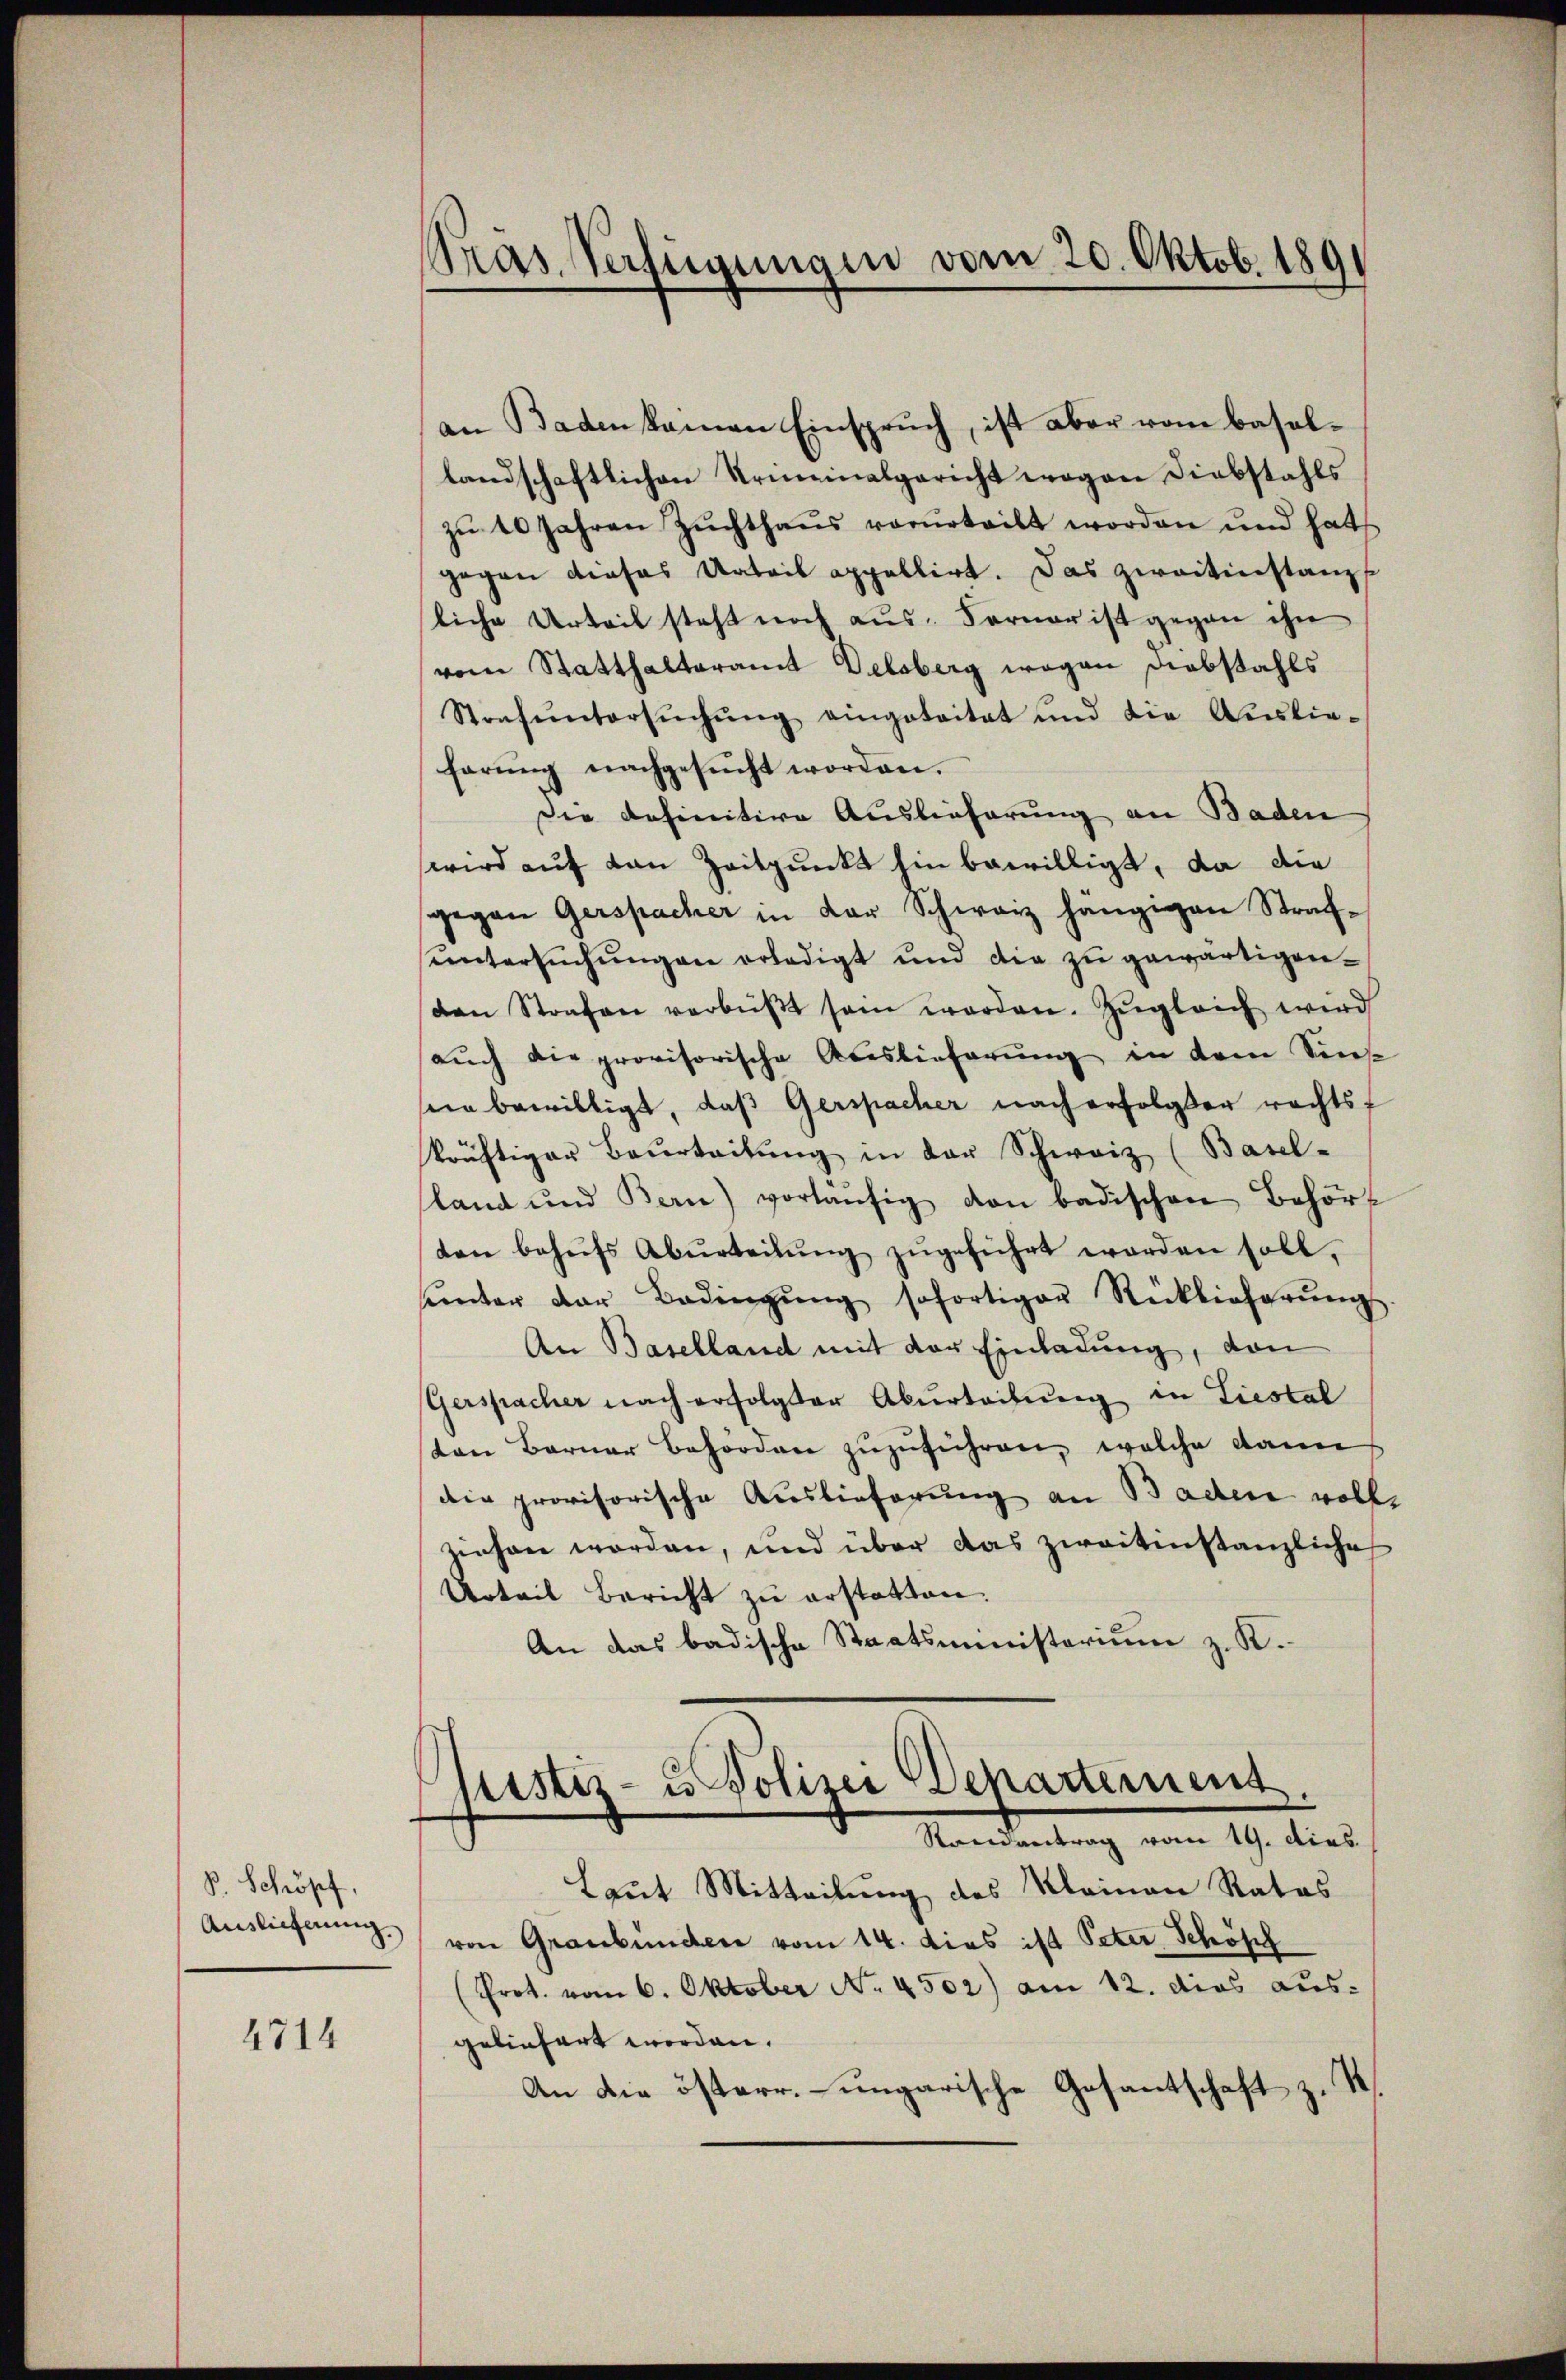
S. Schöpf,
Auslieferung

4714

Pras. Verfügungen vom 20. Oktob. 1891

an Baden keinen Einspruch, ist aber vom Basellandschaftlichen Arminalgericht wegen Diebstahls
zu 10 Jahren Zuchthaus vorurteilt worden und hat
gegen dieses Urteil appellirt. Das zweitinstanzs
liche Urteil steht noch aus. Ferner ist gegen ihn
vom Statthalteramt Delsberg wegen Diebstahls
Strafuntersŭchŭng eingeteitet und die Auslie-
farung nachgesŭcht worden.
Die definitive Auslieferung an Baden
wird auf von Zeitpunkt hin bewilligt, da die
gegen Gerspacher in der Schweiz hängigen Strafuntersuchungen erledigt und die zu gewärtigenden Strafen verbüβt sein werden. Zŭgleich wird
aŭch die provisorische Auslieferŭng in dem Sin
sein bewilligt, daß Gerspacher nach erfolgter rechtsf
kräftiger Beurteitŭng in der Schweiz (Basel-
sland und Bern) vorläŭfig von badischen Behört
ten behŭfs Aburteilŭng zŭgeführt worden soll.
ŭnter der Bedingŭng sofortiger Rücklieferŭng.
An Baselland mit der Einladung, von
Gerspacher nach erfolgter Aburteilung in Liestal
ten Berner Behörden zŭzŭführen, welche dann
die provisorische Auslieferung an Baden volle
ziehen worden, und über das zweitinstanzliche
Urteil Bericht zu erstatten.
An das badische Staatsministerium z. K.
listiz- u Polizei Departement.
Randantrag vom 19. dies
Laut Mitteilung des Kleinen Ratas
von Graubünden vom 14. dies ist Peter Schöpf
(Prot. vom 6. Oktober No. 4502) am 12. dies aus-
geliefert worden.
An die österr. ungarische Gesantschaft z. B